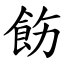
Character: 飭